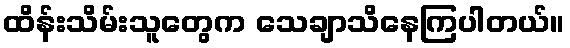
ထိန်းသိမ်းသူတွေက သေချာသိနေကြပါတယ်။